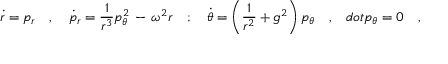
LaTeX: \dot { r } = p _ { r } \ \ \ , \ \ \ \dot { p } _ { r } = \frac { 1 } { r ^ { 3 } } p _ { \theta } ^ { 2 } \, - \, \omega ^ { 2 } r \ \ \ ; \ \ \ \dot { \theta } = \left( \frac { 1 } { r ^ { 2 } } + g ^ { 2 } \right) p _ { \theta } \ \ \ , \ \ \, d o t { p } _ { \theta } = 0 \ \ \ ,